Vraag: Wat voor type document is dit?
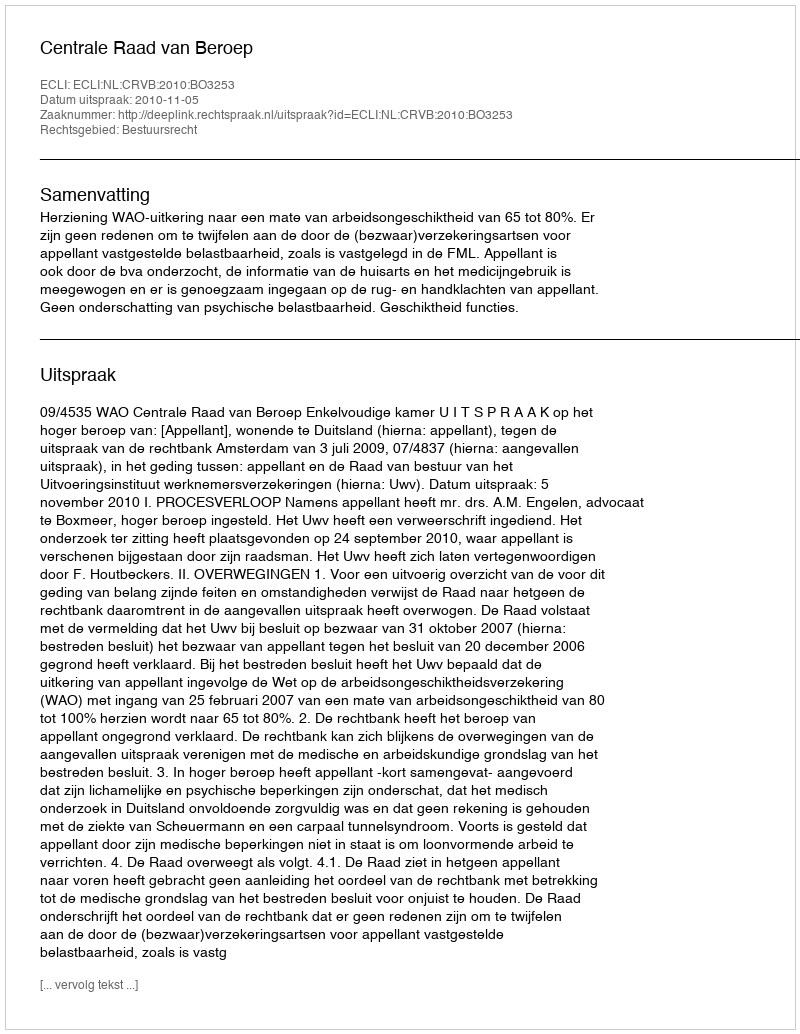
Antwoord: Uitspraak